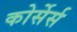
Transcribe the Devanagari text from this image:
कोर्सेर्स